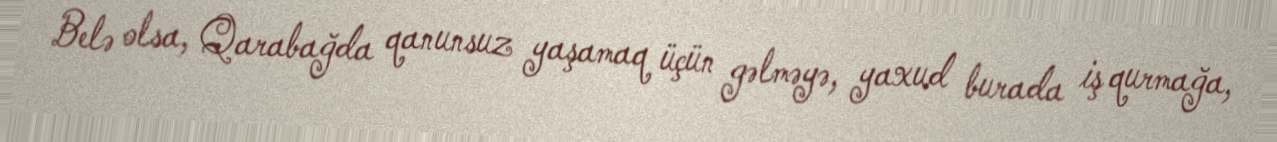
Belə olsa, Qarabağda qanunsuz yaşamaq üçün gəlməyə, yaxud burada iş qurmağa,